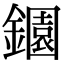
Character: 𬬎